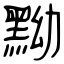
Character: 黝